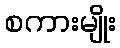
စကားမျိုး